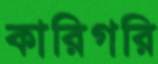
কারিগরি